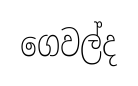
ගෙවල්ද